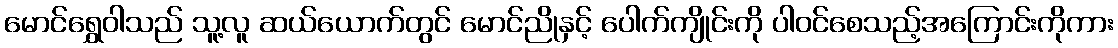
မောင်ရွှေဝါသည် သူ့လူ ဆယ်ယောက်တွင် မောင်ညိုနှင့် ပေါက်ကျိုင်းကို ပါဝင်စေသည့်အကြောင်းကိုကား